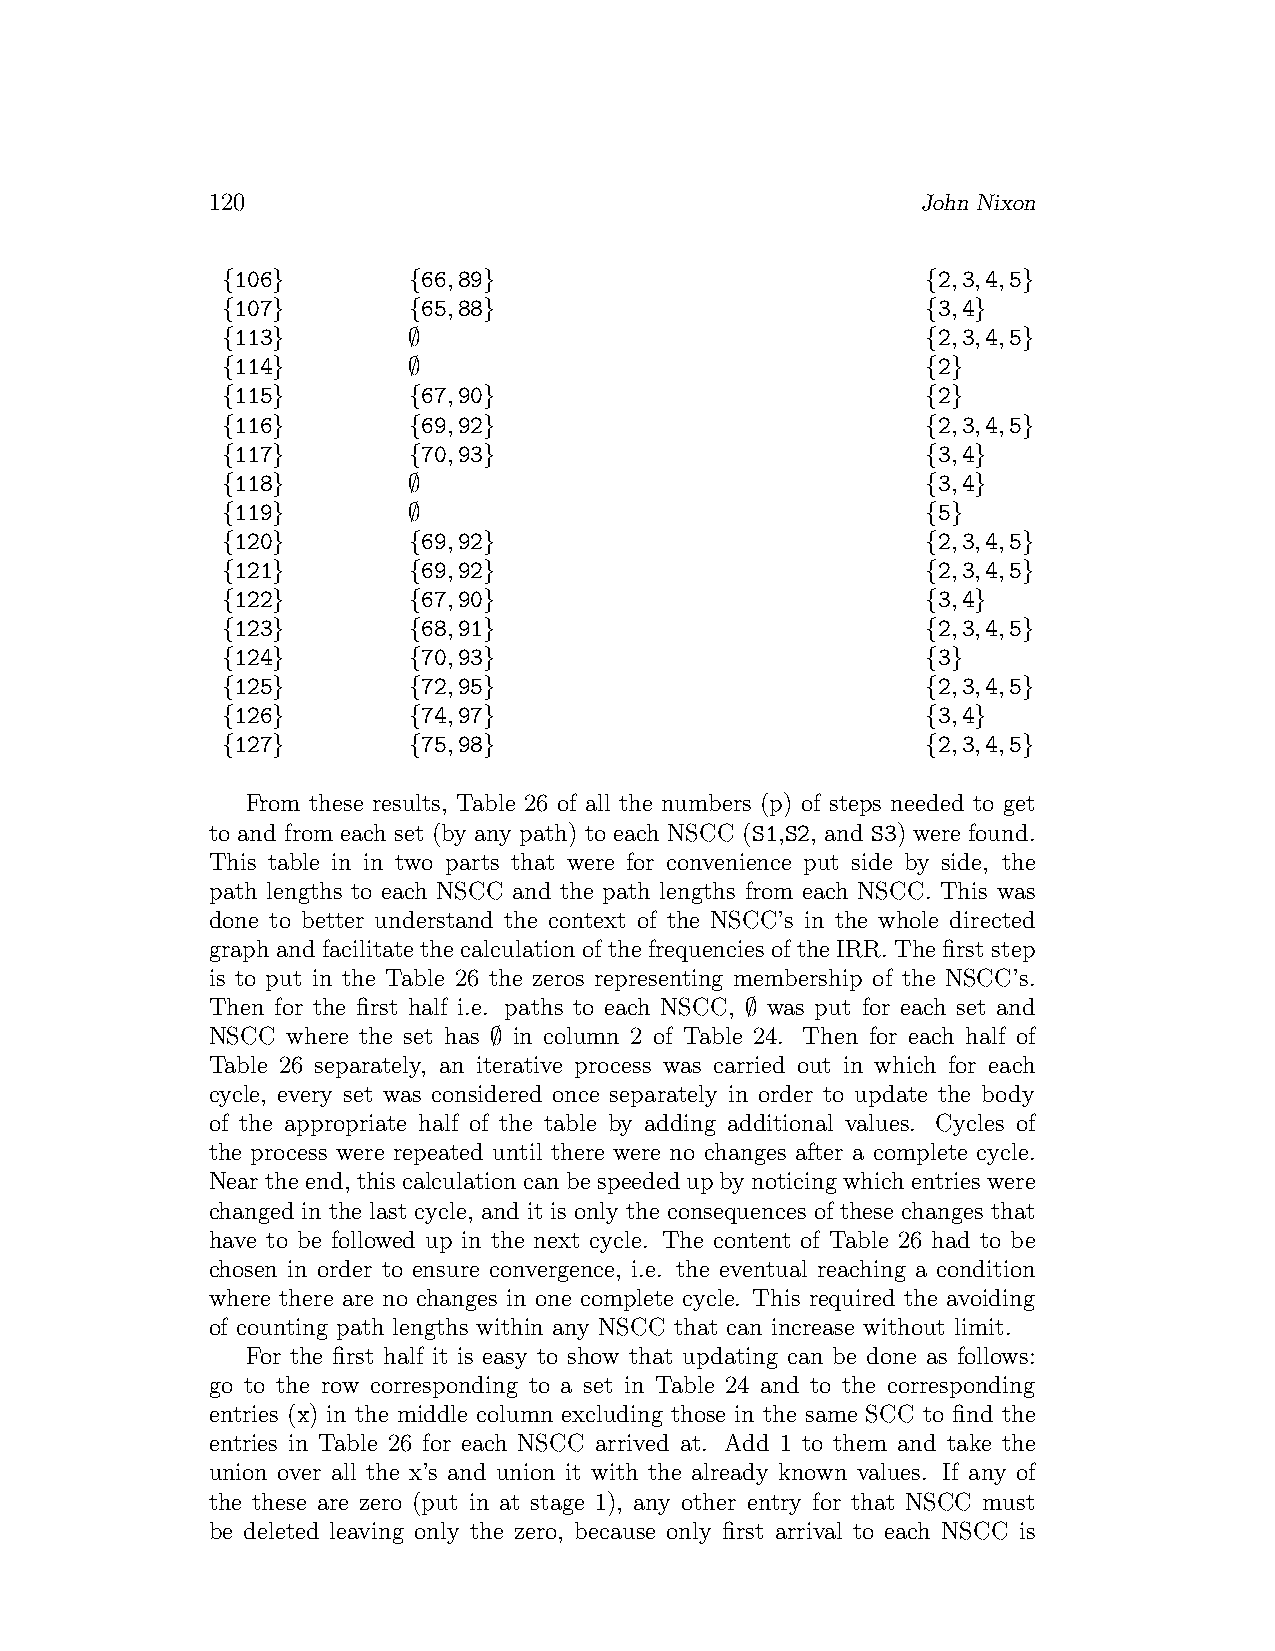
120                                            John Nixon
 {106}       {66,89}                           {2,3,4,5}
 {107}       {65,88}                           {3,4}
 {113}       ∅                                 {2,3,4,5}
 {114}       ∅                                 {2}
 {115}       {67,90}                           {2}
 {116}       {69,92}                           {2,3,4,5}
 {117}       {70,93}                           {3,4}
 {118}       ∅                                 {3,4}
 {119}       ∅                                 {5}
 {120}       {69,92}                           {2,3,4,5}
 {121}       {69,92}                           {2,3,4,5}
 {122}       {67,90}                           {3,4}
 {123}       {68,91}                           {2,3,4,5}
 {124}       {70,93}                           {3}
 {125}       {72,95}                           {2,3,4,5}
 {126}       {74,97}                           {3,4}
 {127}       {75,98}                           {2,3,4,5}
 From these results, Table 26 of all the numbers (p) of steps needed to get
 to and from each set (by any path) to each NSCC (S1,S2, and S3) were found.
 This table in in two parts that were for convenience put side by side, the
 path lengths to each NSCC and the path lengths from each NSCC. This was
 done to better understand the context of the NSCC’s in the whole directed
 graph and facilitate the calculation of the frequencies of the IRR. The first step
 is to put in the Table 26 the zeros representing membership of the NSCC’s.
 Then for the first half i.e. paths to each NSCC, ∅ was put for each set and
 NSCC where the set has ∅ in column 2 of Table 24. Then for each half of
 Table 26 separately, an iterative process was carried out in which for each
 cycle, every set was considered once separately in order to update the body
 of the appropriate half of the table by adding additional values. Cycles of
 the process were repeated until there were no changes after a complete cycle.
 Neartheend, thiscalculationcanbespeededupbynoticingwhichentrieswere
 changed in the last cycle, and it is only the consequences of these changes that
 have to be followed up in the next cycle. The content of Table 26 had to be
 chosen in order to ensure convergence, i.e. the eventual reaching a condition
 where there are no changes in one complete cycle. This required the avoiding
 of counting path lengths within any NSCC that can increase without limit.
 For the first half it is easy to show that updating can be done as follows:
 go to the row corresponding to a set in Table 24 and to the corresponding
 entries (x) in the middle column excluding those in the same SCC to find the
 entries in Table 26 for each NSCC arrived at. Add 1 to them and take the
 union over all the x’s and union it with the already known values. If any of
 the these are zero (put in at stage 1), any other entry for that NSCC must
 be deleted leaving only the zero, because only first arrival to each NSCC is